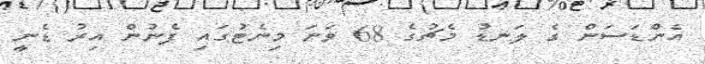
އެންޑަސަން ގެ ލަނޑު މެޗުގެ 68 ވަނަ މިނެޓުގައި ފެނުން އިރު ޑެނީ